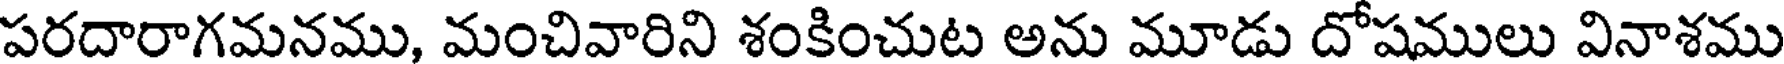
పరదారాగమనము, మంచివారిని శంకించుట అను మూడు దోషములు వినాశము